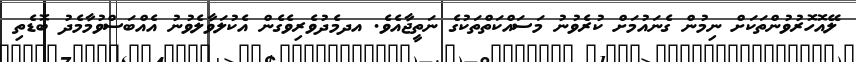
ލޭއޮހޮރުވުންތަކަށް ނިމުން ގެނައުމަށް ކުރެވުނު މަސައްކަތްތަކުގެ ނަތީޖާއެވެ. އދމެދުވެރިވެގެން އެކުލަވާލެވުނު އެއްބަސްވުމާމެދު ބޮޑެތި